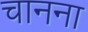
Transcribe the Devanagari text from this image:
चानना